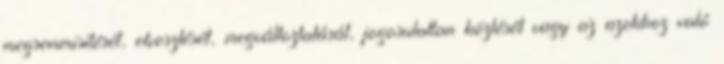
megsemmisítését, elvesztését, megváltoztatását, jogosulatlan közlését vagy az azokhoz való